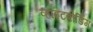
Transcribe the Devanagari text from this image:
व्हाइटबोर्डिंग